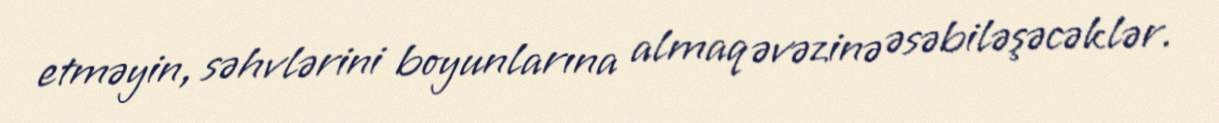
etməyin, səhvlərini boyunlarına almaq əvəzinə əsəbiləşəcəklər.